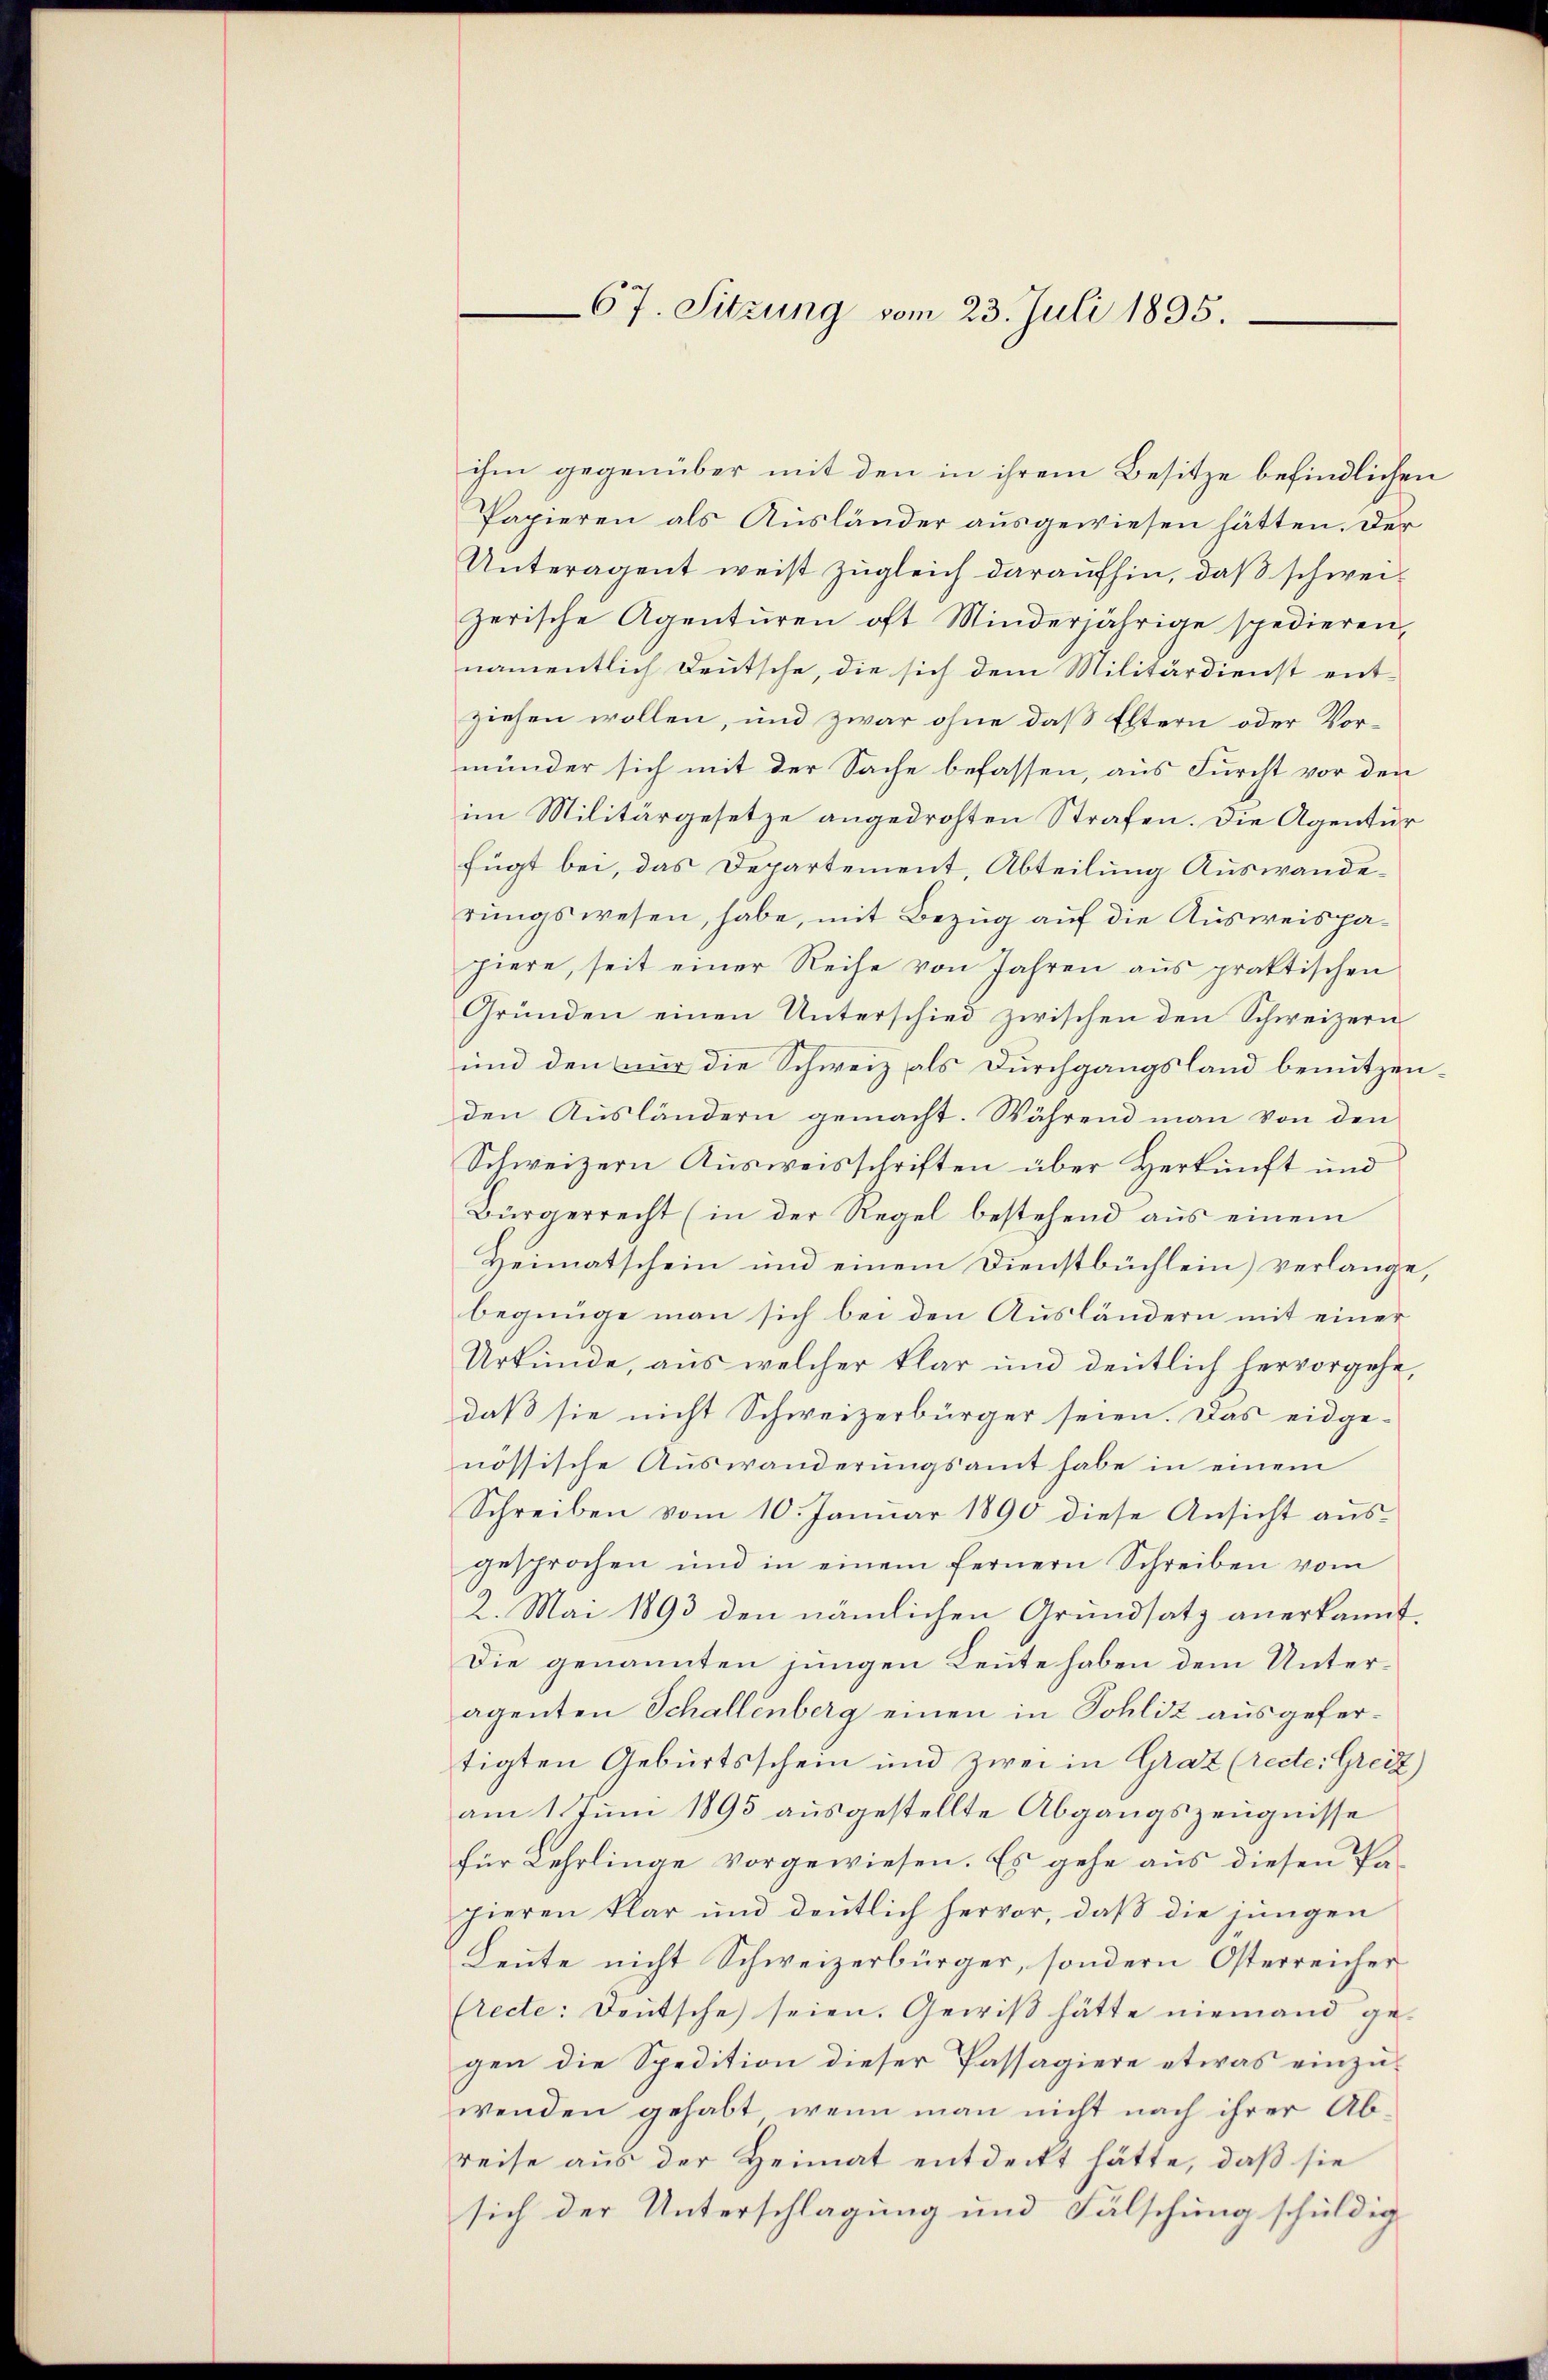
67. Sitzung vom 23. Juli 1895.

ihm gegenüber mit den in ihrem Besitze befindlichen
Papieren als Ausländer ausgewiesen hätten. Der
Unteragent weist zugleich daraufhin, daß schweizerische Agentŭren oft Minderjährige spedieren,
namentlich Deutsche, die sich dem Militärdienst ent-
ziehen wollen, und zwar ohne daß Eltern oder Vormünder sich mit der Sache befassen, aus Furcht vor den
im Militärgesetze angedrohten Strafen. Die Agentur
fügt bei, das Departement, Abteilung Auswanderungswesen, habe, mit Bezug auf die Ausweispapiere, seit einer Reihe von Jahren aus praktischen
Gründen einen Unterschied zwischen den Schweizern
und den nur die Schweiz als Durchgangsland benutzenden Ausländern gemacht. Während man von den
Schweizern Ausweisschriften über Herkunft und
Bürgerrecht (in der Regel bestehend aus einem
Heimatschein und einem Dienstbüchlein) verlange,
begnüge man sich bei den Ausländern mit einer
Urkunde, aus welcher klar und deutlich hervorgehe,
daß sie nicht Schweizerbürger seien. Das eidge-
nössische Auswanderungsamt habe in einem
Schreiben vom 10. Januar 1890 diese Ansicht aus-
gesprochen und in einem fernern Schreiben vom
2. Mai 1893 den nämlichen Grundsatz anerkannt.
Die genannten jungen Leute haben dem Unteragenten Schallenberg einen in Sohliz ausgefertigten Geburtsschein und zwei in Graz (recte: Greiz)
am 1. Juni 1895 ausgestellte Abgangszeugnisse
für Lehrlinge vorgewiesen. Es gehe aus diesen Pahieren klar und deutlich hervor, daß die jungen
Leute nicht Schweizerbürger, sondern Osterreicher
(recte: Deutsche seien. Gewiß hätte niemand gegen die Spedition dieser Passagiere etwas einzuwenden gehabt, wenn man nicht nach ihrer Abreise aus der Heimat entdeckt hätte, daß sie
sich der Unterschlagung und Fälschung schuldig